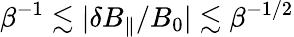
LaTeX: \beta^{-1}\lesssim|\delta B_{\parallel}/B_{0}|\lesssim\beta^{-1/2}